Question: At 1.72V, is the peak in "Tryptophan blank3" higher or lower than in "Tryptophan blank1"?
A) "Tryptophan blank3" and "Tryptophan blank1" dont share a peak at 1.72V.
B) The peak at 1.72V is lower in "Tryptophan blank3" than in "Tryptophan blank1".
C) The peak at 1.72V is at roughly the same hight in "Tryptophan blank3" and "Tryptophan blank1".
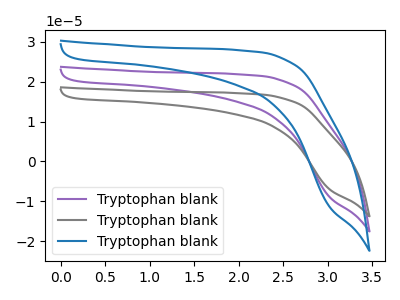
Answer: <think>The purple curve "Tryptophan blank1" has no peaks. The gray curve "Tryptophan blank2" has no peaks. The blue curve "Tryptophan blank3" has no peaks.</think>
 <answer>A) "Tryptophan blank3" and "Tryptophan blank1" dont share a peak at 1.72V.</answer>
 <eval>A</eval>